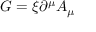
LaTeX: G = \xi \partial ^ { \mu } A _ { \mu }